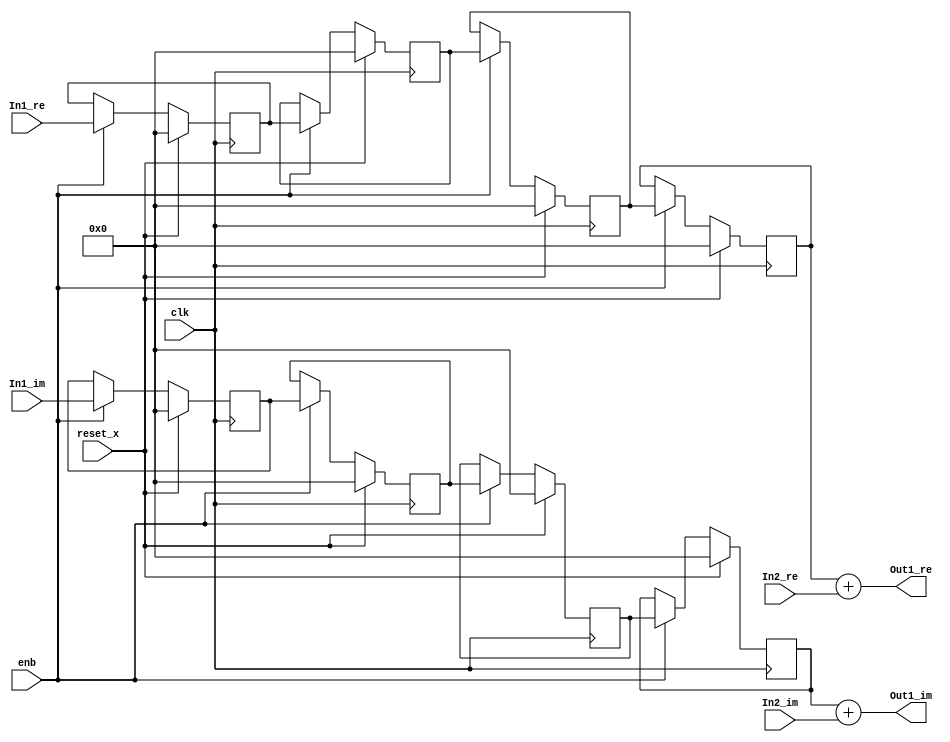
// -------------------------------------------------------------
// 
// 
// Generated by MATLAB 9.8 and HDL Coder 3.16
// 
// -------------------------------------------------------------


// -------------------------------------------------------------
// 
// Module: Complex_Sum_block35
// Source Path: newhope_cambios/FDHT/DFT_2/DFT10 - block_2/DFT5-row 1/DFT5-2/Complex-Sum
// Hierarchy Level: 5
// 
// -------------------------------------------------------------

`timescale 1 ns / 1 ns

module Complex_Sum_block35
          (clk,
           reset_x,
           enb,
           In1_re,
           In1_im,
           In2_re,
           In2_im,
           Out1_re,
           Out1_im);


  input   clk;
  input   reset_x;
  input   enb;
  input   signed [36:0] In1_re;  // sfix37_En22
  input   signed [36:0] In1_im;  // sfix37_En22
  input   signed [36:0] In2_re;  // sfix37_En22
  input   signed [36:0] In2_im;  // sfix37_En22
  output  signed [36:0] Out1_re;  // sfix37_En22
  output  signed [36:0] Out1_im;  // sfix37_En22


  reg signed [36:0] delayMatch_reg [0:3];  // sfix37 [4]
  wire signed [36:0] delayMatch_reg_next [0:3];  // sfix37_En22 [4]
  wire signed [36:0] Complex_to_Real_Imag1_out1;  // sfix37_En22
  wire signed [36:0] Sum_out1;  // sfix37_En22
  reg signed [36:0] delayMatch1_reg [0:3];  // sfix37 [4]
  wire signed [36:0] delayMatch1_reg_next [0:3];  // sfix37_En22 [4]
  wire signed [36:0] Complex_to_Real_Imag1_out2;  // sfix37_En22
  wire signed [36:0] Sum1_out1;  // sfix37_En22


  always @(posedge clk)
    begin : delayMatch_process
      if (reset_x == 1'b1) begin
        delayMatch_reg[0] <= 37'sh0000000000;
        delayMatch_reg[1] <= 37'sh0000000000;
        delayMatch_reg[2] <= 37'sh0000000000;
        delayMatch_reg[3] <= 37'sh0000000000;
      end
      else begin
        if (enb) begin
          delayMatch_reg[0] <= delayMatch_reg_next[0];
          delayMatch_reg[1] <= delayMatch_reg_next[1];
          delayMatch_reg[2] <= delayMatch_reg_next[2];
          delayMatch_reg[3] <= delayMatch_reg_next[3];
        end
      end
    end

  assign Complex_to_Real_Imag1_out1 = delayMatch_reg[3];
  assign delayMatch_reg_next[0] = In1_re;
  assign delayMatch_reg_next[1] = delayMatch_reg[0];
  assign delayMatch_reg_next[2] = delayMatch_reg[1];
  assign delayMatch_reg_next[3] = delayMatch_reg[2];



  assign Sum_out1 = Complex_to_Real_Imag1_out1 + In2_re;



  assign Out1_re = Sum_out1;

  always @(posedge clk)
    begin : delayMatch1_process
      if (reset_x == 1'b1) begin
        delayMatch1_reg[0] <= 37'sh0000000000;
        delayMatch1_reg[1] <= 37'sh0000000000;
        delayMatch1_reg[2] <= 37'sh0000000000;
        delayMatch1_reg[3] <= 37'sh0000000000;
      end
      else begin
        if (enb) begin
          delayMatch1_reg[0] <= delayMatch1_reg_next[0];
          delayMatch1_reg[1] <= delayMatch1_reg_next[1];
          delayMatch1_reg[2] <= delayMatch1_reg_next[2];
          delayMatch1_reg[3] <= delayMatch1_reg_next[3];
        end
      end
    end

  assign Complex_to_Real_Imag1_out2 = delayMatch1_reg[3];
  assign delayMatch1_reg_next[0] = In1_im;
  assign delayMatch1_reg_next[1] = delayMatch1_reg[0];
  assign delayMatch1_reg_next[2] = delayMatch1_reg[1];
  assign delayMatch1_reg_next[3] = delayMatch1_reg[2];



  assign Sum1_out1 = Complex_to_Real_Imag1_out2 + In2_im;



  assign Out1_im = Sum1_out1;

endmodule  // Complex_Sum_block35